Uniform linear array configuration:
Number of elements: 64
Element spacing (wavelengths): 0.75
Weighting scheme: uniform
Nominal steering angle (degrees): -60
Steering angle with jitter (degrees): -58.243
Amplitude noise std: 0.05
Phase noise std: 0.05

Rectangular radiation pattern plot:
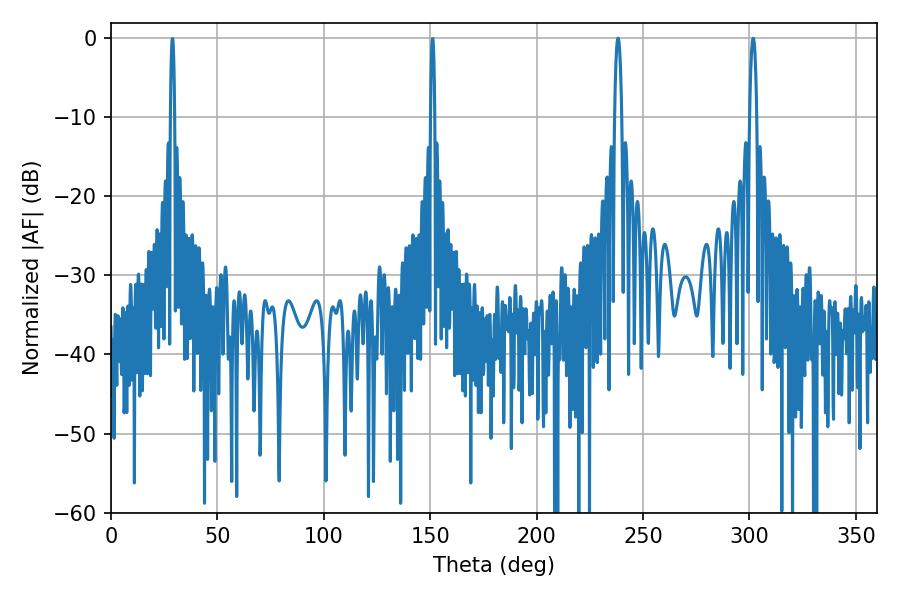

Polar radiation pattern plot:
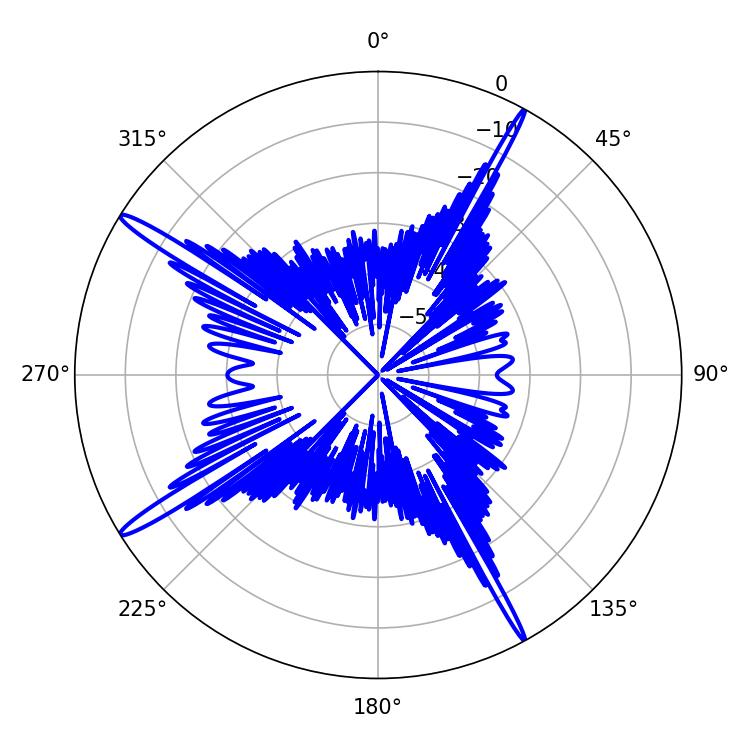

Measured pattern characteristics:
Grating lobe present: TRUE
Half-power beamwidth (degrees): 1.8
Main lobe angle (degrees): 301.68